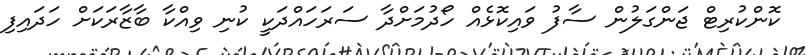
ކޮންކުރިޓް ޖަންގަލުން ސާފު ވައިކޮޅެއް ހޯދުމަށްދާ ސަރަހައްދަކީ ކުނި ވިއްކާ ބާޒާރަކަށް ހަދައިފި